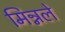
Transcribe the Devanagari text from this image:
मिन्नले